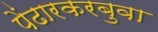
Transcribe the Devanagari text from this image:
पेंढारकरबुवा